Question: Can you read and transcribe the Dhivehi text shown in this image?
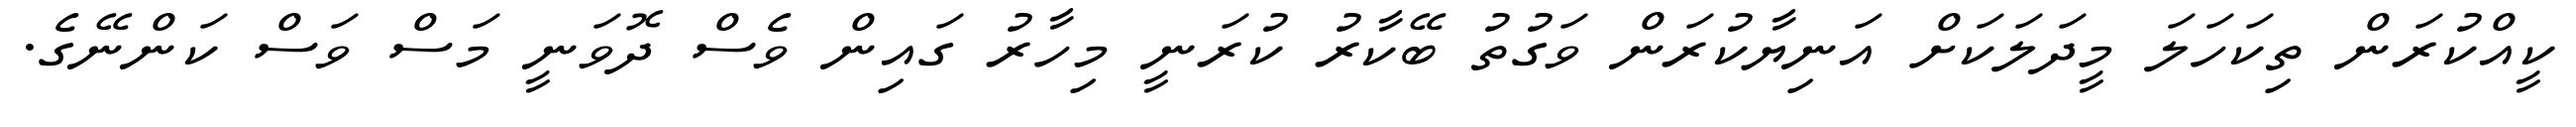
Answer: ކީއްކުރަން ތިކަހަލަ މީދަލަކަށް އަނިޔާކުރަން ވަގުތު ބޭކާރު ކުރަނީ މިހާރު ގައިން ވެސް ދޮވަނީ މަސް ވަސް ކަންނޭގެ.